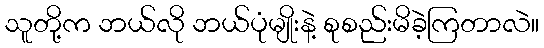
သူတို့က ဘယ်လို ဘယ်ပုံမျိုးနဲ့ စုစည်းမိခဲ့ကြတာလဲ။